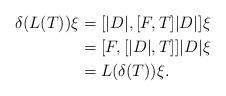
LaTeX: \begin{align*} \delta(L(T))\xi &= [|D|,[F,T]|D|]\xi\\ &= [F,[|D|,T]]|D|\xi\\ &= L(\delta(T))\xi. \end{align*}